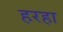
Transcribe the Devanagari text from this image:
हरहा